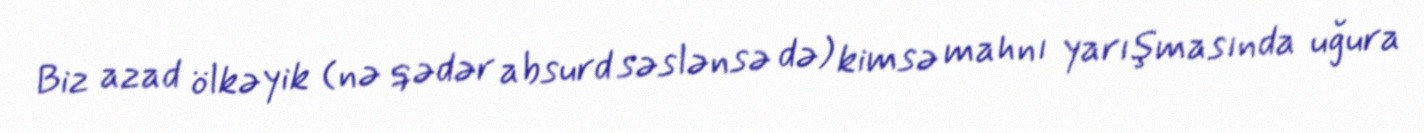
Biz azad ölkəyik (nə qədər absurd səslənsə də) kimsə mahnı yarışmasında uğura